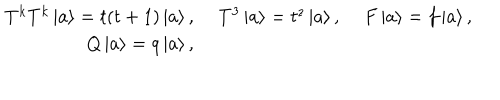
\renewcommand { \arraystretch } { 1 . 3 } \begin{array} { r r c } { { T ^ { k } T ^ { k } \left| a \right> = t ( t + 1 ) \left| a \right> , } } & { { \, \, T ^ { 3 } \left| a \right> = t ^ { z } \left| a \right> , } } & { { \, \, F \left| a \right> = f \left| a \right> , } } \\ { { Q \left| a \right> = q \left| a \right> , } } & { { } } & { { } } \\ \end{array}